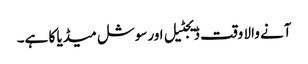
آنے والا وقت ڈیجٹیل اورسوشل میڈیا کا ہے۔